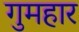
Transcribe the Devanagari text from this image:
गुमहार